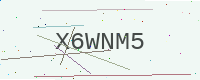
Text: X6WNM5